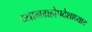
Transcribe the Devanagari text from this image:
ध्यानग्रहोपदेशाध्याय